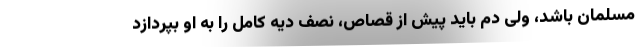
مسلمان باشد، ولی دم باید پیش از قصاص، نصف دیه کامل را به او بپردازد